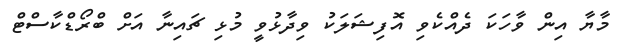
މާޔާ އިން ވާހަކަ ދެއްކެވި އޮފިޝަލަކު ވިދާޅުވީ މުޅި ޗައިނާ އަށް ބްރޯޑްކާސްޓް